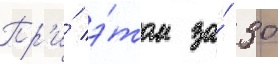
Пр'и́ э́том за́ 30